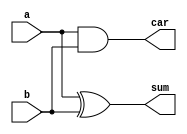
`timescale 1ns / 1ps
//////////////////////////////////////////////////////////////////////////////////
// Company: 
// Engineer: 
// 
// Design Name: 
// Module Name:    half_adder 
// Project Name: 
// Target Devices: 
// Tool versions: 
// Description: 
//
// Dependencies: 
//
// Revision: 
// Revision 0.01 - File Created
// Additional Comments: 
//
//////////////////////////////////////////////////////////////////////////////////
module half_adder(a,b,sum,car);
input a,b;
output sum,car;
assign sum=a^b;
assign car=a&b;
endmodule